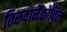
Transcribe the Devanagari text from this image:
तिरुवानैकोविल